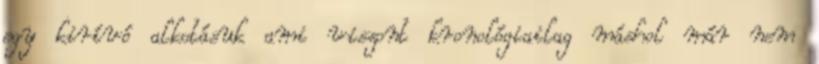
egy kirívó alkotásuk ami viszont kronológiailag máshol már nem